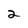
Character: 2